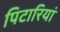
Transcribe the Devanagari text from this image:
पिटारियां